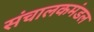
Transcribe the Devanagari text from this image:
संचालकमंडल